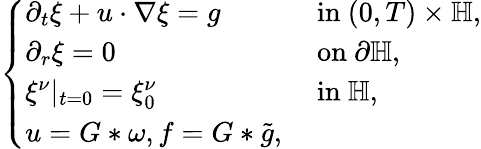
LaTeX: \begin{array}{r}{\left\{ \begin{array}{ll}{\partial_{t}\xi+u\cdot\nabla\xi=g}&{\mathrm{~in~}(0,T)\times\mathbb{H},}\\ {\partial_{r}\xi=0}&{\mathrm{~on~}\partial\mathbb{H},}\\ {\xi^{\nu}|_{t=0}=\xi_{0}^{\nu}}&{\mathrm{~in~}\mathbb{H},}\\ {u=G\ast\omega,f=G\ast\tilde{g},}\end{array}\right.}\end{array}